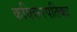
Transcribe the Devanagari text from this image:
कविकरपतिका